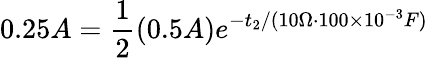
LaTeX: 0.25A=\frac{1}{2}(0.5A)e^{-t_{2}/(10\Omega\cdot 100\times 10^{-3}F)}